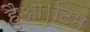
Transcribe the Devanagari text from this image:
हैुआ।टिम